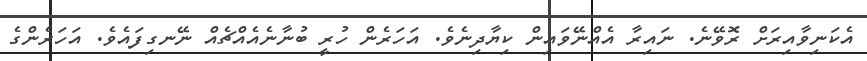
އެކަނިވާއިރަށް ރޮވޭނެ. ނައިރާ އެއްނޭވައިން ކިޔާދިނެވެ. އަހަރެން ހުރީ ބުނާނެއެއްޗެއް ނޭނގިފައެވެ. އަހަރެންގެ